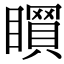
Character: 𥋻